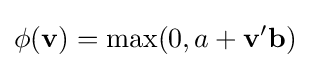
\phi (\mathbf {v} )=\max(0,a+\mathbf {v} '\mathbf {b} )